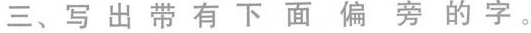
三、写出带有下面偏旁的字。